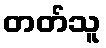
တတ်သူ